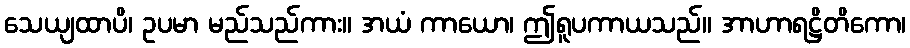
သေယျထာပိ၊ ဥပမာ မည်သည်ကား။ အယံ ကာယော၊ ဤရူပကာယသည်။ အာဟာရဋ္ဌိတိကော၊